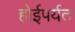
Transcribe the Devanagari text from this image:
होईपर्यत